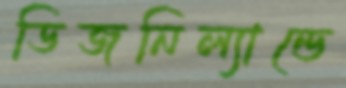
ডিজনিল্যান্ডে